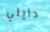
دايلي